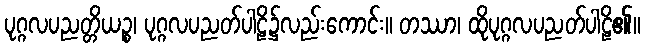
ပုဂ္ဂလပညတ္တိယဉ္စ၊ ပုဂ္ဂလပညတ်ပါဠိ၌လည်းကောင်း။ တဿာ၊ ထိုပုဂ္ဂလပညတ်ပါဠိ၏။